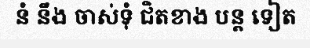
នំ នឹង ចាស់ទុំ ជិតខាង បន្ត ទៀត